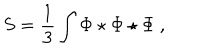
S = \frac { 1 } { 3 } \int \Phi \star \Phi \star \Phi \ ,